Report of the Municipal Commissioner on the plague in Bombay for the year ending 31st May... - Volume 1
Disease focus: Plague
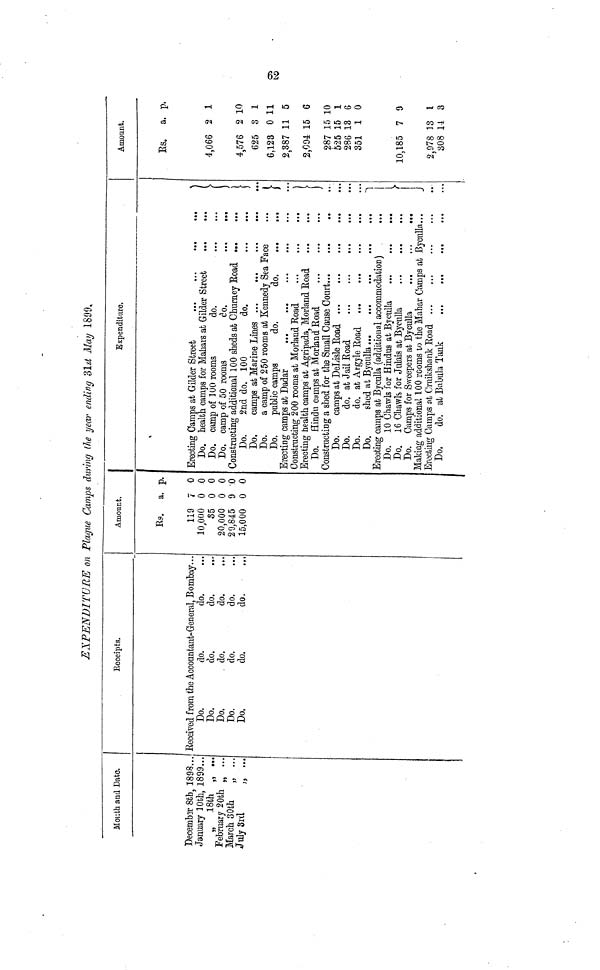
EXPENDITURE on Plague Camps during the year ending 31st May 1899.
Month and Date.
December 8th, 1898..
January 10th, 1899..
, 18th „ ...
February 20th
...
March 30th
„ ...
July 3rd
„ ...
Receipts.
Received from the Accountant-General, Bombay...
Do.
do.
do....
Do.
do.
do....
Do.
do.
do....
Do.
do.
do....
Do.
do.
do....
Amount.
Rs. a. p.
119 7 0
10,000 0 0
35 0 0
20,000 0 0
29,845 9 0
15,000 0 0
Expenditure.
Erecting Gamps at Gilder Street
...
...
...
...
Do. health camps for Mahars at Gilder
Street...
...
Do. camp of 100 rooms
do.
...
...
Do. camp of 50 rooms
do.
...
...
Constructing additional 100 sheds at Churney
Road ... ...
Do.
2nd do. 100
do.
...
...
Do.
camps at Marine Lines
...
...
...
...
...
Do.
a camp of 250 rooms at Kennedy Sea Face
...
Do.
public camps
do.
do.
...
...
Erecting camps at Dadar... ... ... ... ... ...
Constructing 200 rooms at Morland
Road
...
...
...
...
Erecting health camps at Agripada, Morland
Road ... ... ...
Do. Hindu camps at Morland Road
...
...
...
Constructing a shed for the Small Causo Court... ... ... ...
Do.
camps at DeLisle Road
...
...
...
...
...
Do.
do. at Jail Road
.....
...
...
......
Do.
do. at Argyle Road ... ... ... ... ...
Erecting camps at Byculia (additional accommodation)
...
Do. 10 Chawls for Hindus at
Byculia...
...
...
Do. 16 Chawls for Julais at Byculia
...
...
...
Do. Camps for Sweepers at Byculia ... ... ... ...
Making additional 100 rooms to the Mahar Camps at ßyculla..
Erecting Camps at Cruikshank Road ... ... ... ... ...
Do,
do. at Babula Tank ... ... ... ... ...
Amount
Rs.
4,066
4,576
625
6,122
2,387
2,094
287
525
286
351
10,185
2,978
308
nt.
a.
3
0 u
11
15
15
15
13
1
7
13
14
P-
i n
10
1
J- X
5
6
10
1
6
0
9
l
3
62